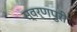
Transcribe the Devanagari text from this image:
स्वर्णपुरी